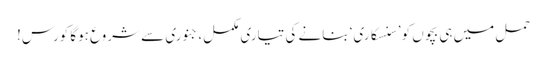
حمل میں ہی بچوں کو ’سنسکاری‘ بنانے کی تیاری مکمل، جنوری سے شروع ہوگا کورس!